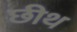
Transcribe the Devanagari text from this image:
छीथ